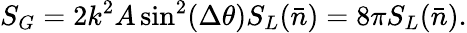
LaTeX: S_{G}=2k^{2}A\sin^{2}(\Delta\theta)S_{L}(\bar{n})=8\pi S_{L}(\bar{n}).